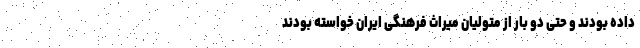
داده بودند و حتی دو بار از متولیان میراث فرهنگی ایران خواسته بودند